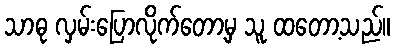
သာဓု လှမ်းပြောလိုက်တော့မှ သူ ထတော့သည်။